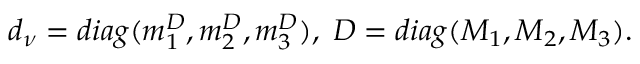
d _ { \nu } = d i a g ( m _ { 1 } ^ { D } , m _ { 2 } ^ { D } , m _ { 3 } ^ { D } ) , \; D = d i a g ( M _ { 1 } , M _ { 2 } , M _ { 3 } ) .